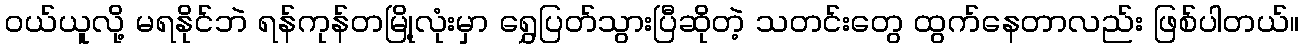
ဝယ်ယူလို့ မရနိုင်ဘဲ ရန်ကုန်တမြို့လုံးမှာ ရွှေပြတ်သွားပြီဆိုတဲ့ သတင်းတွေ ထွက်နေတာလည်း ဖြစ်ပါတယ်။